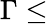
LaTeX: \Gamma\leq